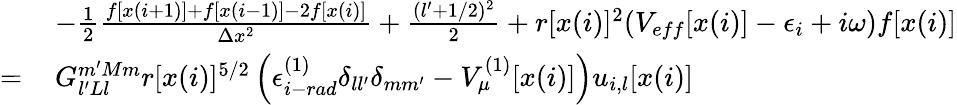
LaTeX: \begin{array}{rl}&{-\frac{1}{2}\frac{f[x(i+1)]+f[x(i-1)]-2f[x(i)]}{\Delta x^{2}}+\frac{(l^{\prime}+1/2)^{2}}{2}+r[x(i)]^{2}(V_{eff}[x(i)]-\epsilon_{i}+i\omega)f[x(i)]}\\ {=\, }&{G_{l^{\prime}Ll}^{m^{\prime}Mm}r[x(i)]^{5/2}\left(\epsilon_{i-rad}^{(1)}\delta_{ll^{\prime}}\delta_{mm^{\prime}}-V_{\mu}^{(1)}[x(i)]\right)u_{i,l}[x(i)]}\end{array}